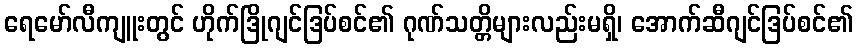
ရေမော်လီကျူးတွင် ဟိုက်ဒြိုဂျင်ဒြပ်စင်၏ ဂုဏ်သတ္တိများလည်းမရှိ၊ အောက်ဆီဂျင်ဒြပ်စင်၏